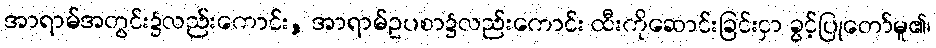
အာရာမ်အတွင်း၌လည်းကောင်း, အာရာမ်ဥပစာ၌လည်းကောင်း ထီးကိုဆောင်းခြင်းငှာ ခွင့်ပြုတော်မူ၏၊